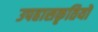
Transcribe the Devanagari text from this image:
उपहासकृतियों